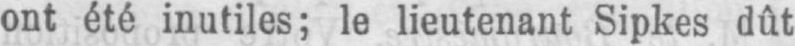
ont été inutiles; le lieutenant Sipkes dût